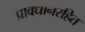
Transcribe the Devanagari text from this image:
प्रावधानरहित